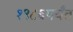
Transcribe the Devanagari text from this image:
१९८६पर्यंत